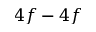
4 f - 4 f